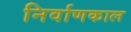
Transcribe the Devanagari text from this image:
निर्वाणकाल